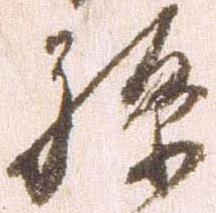
孫